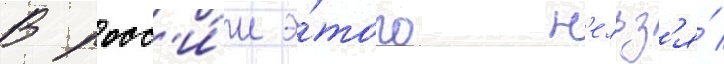
В росс'и́и э́того н'ельз'я́